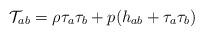
LaTeX: \begin{align*}\mathcal{T}_{ab}=\rho \tau_a\tau_b+p(h_{ab}+\tau_a\tau_b)\end{align*}